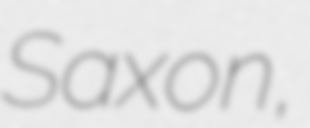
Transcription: Saxon,